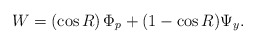
\begin{align*}W = \left( \cos R\right) \Phi_p + (1-\cos R) \Psi_y.\end{align*}